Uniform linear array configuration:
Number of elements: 8
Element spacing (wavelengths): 0.75
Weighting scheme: hann
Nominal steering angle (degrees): -30
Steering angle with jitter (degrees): -31.946
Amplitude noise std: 0.05
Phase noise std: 0.05

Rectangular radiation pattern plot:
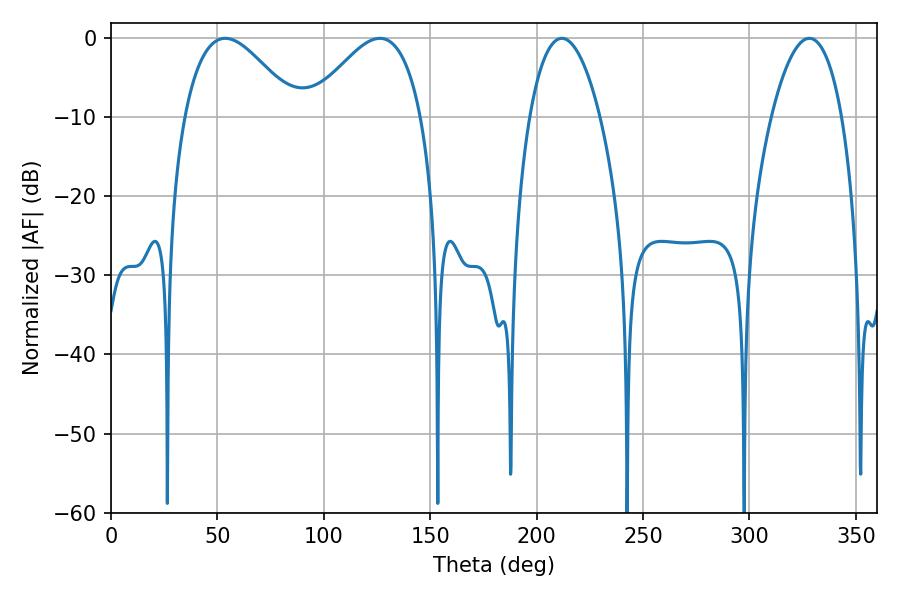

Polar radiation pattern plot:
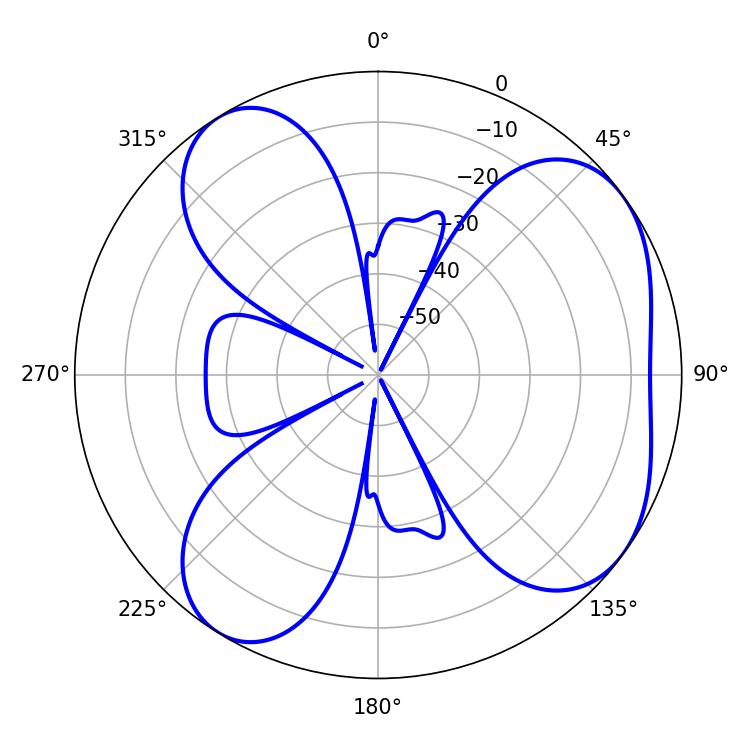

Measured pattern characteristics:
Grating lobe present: TRUE
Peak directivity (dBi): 5.622
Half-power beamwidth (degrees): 18.54
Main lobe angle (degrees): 211.86